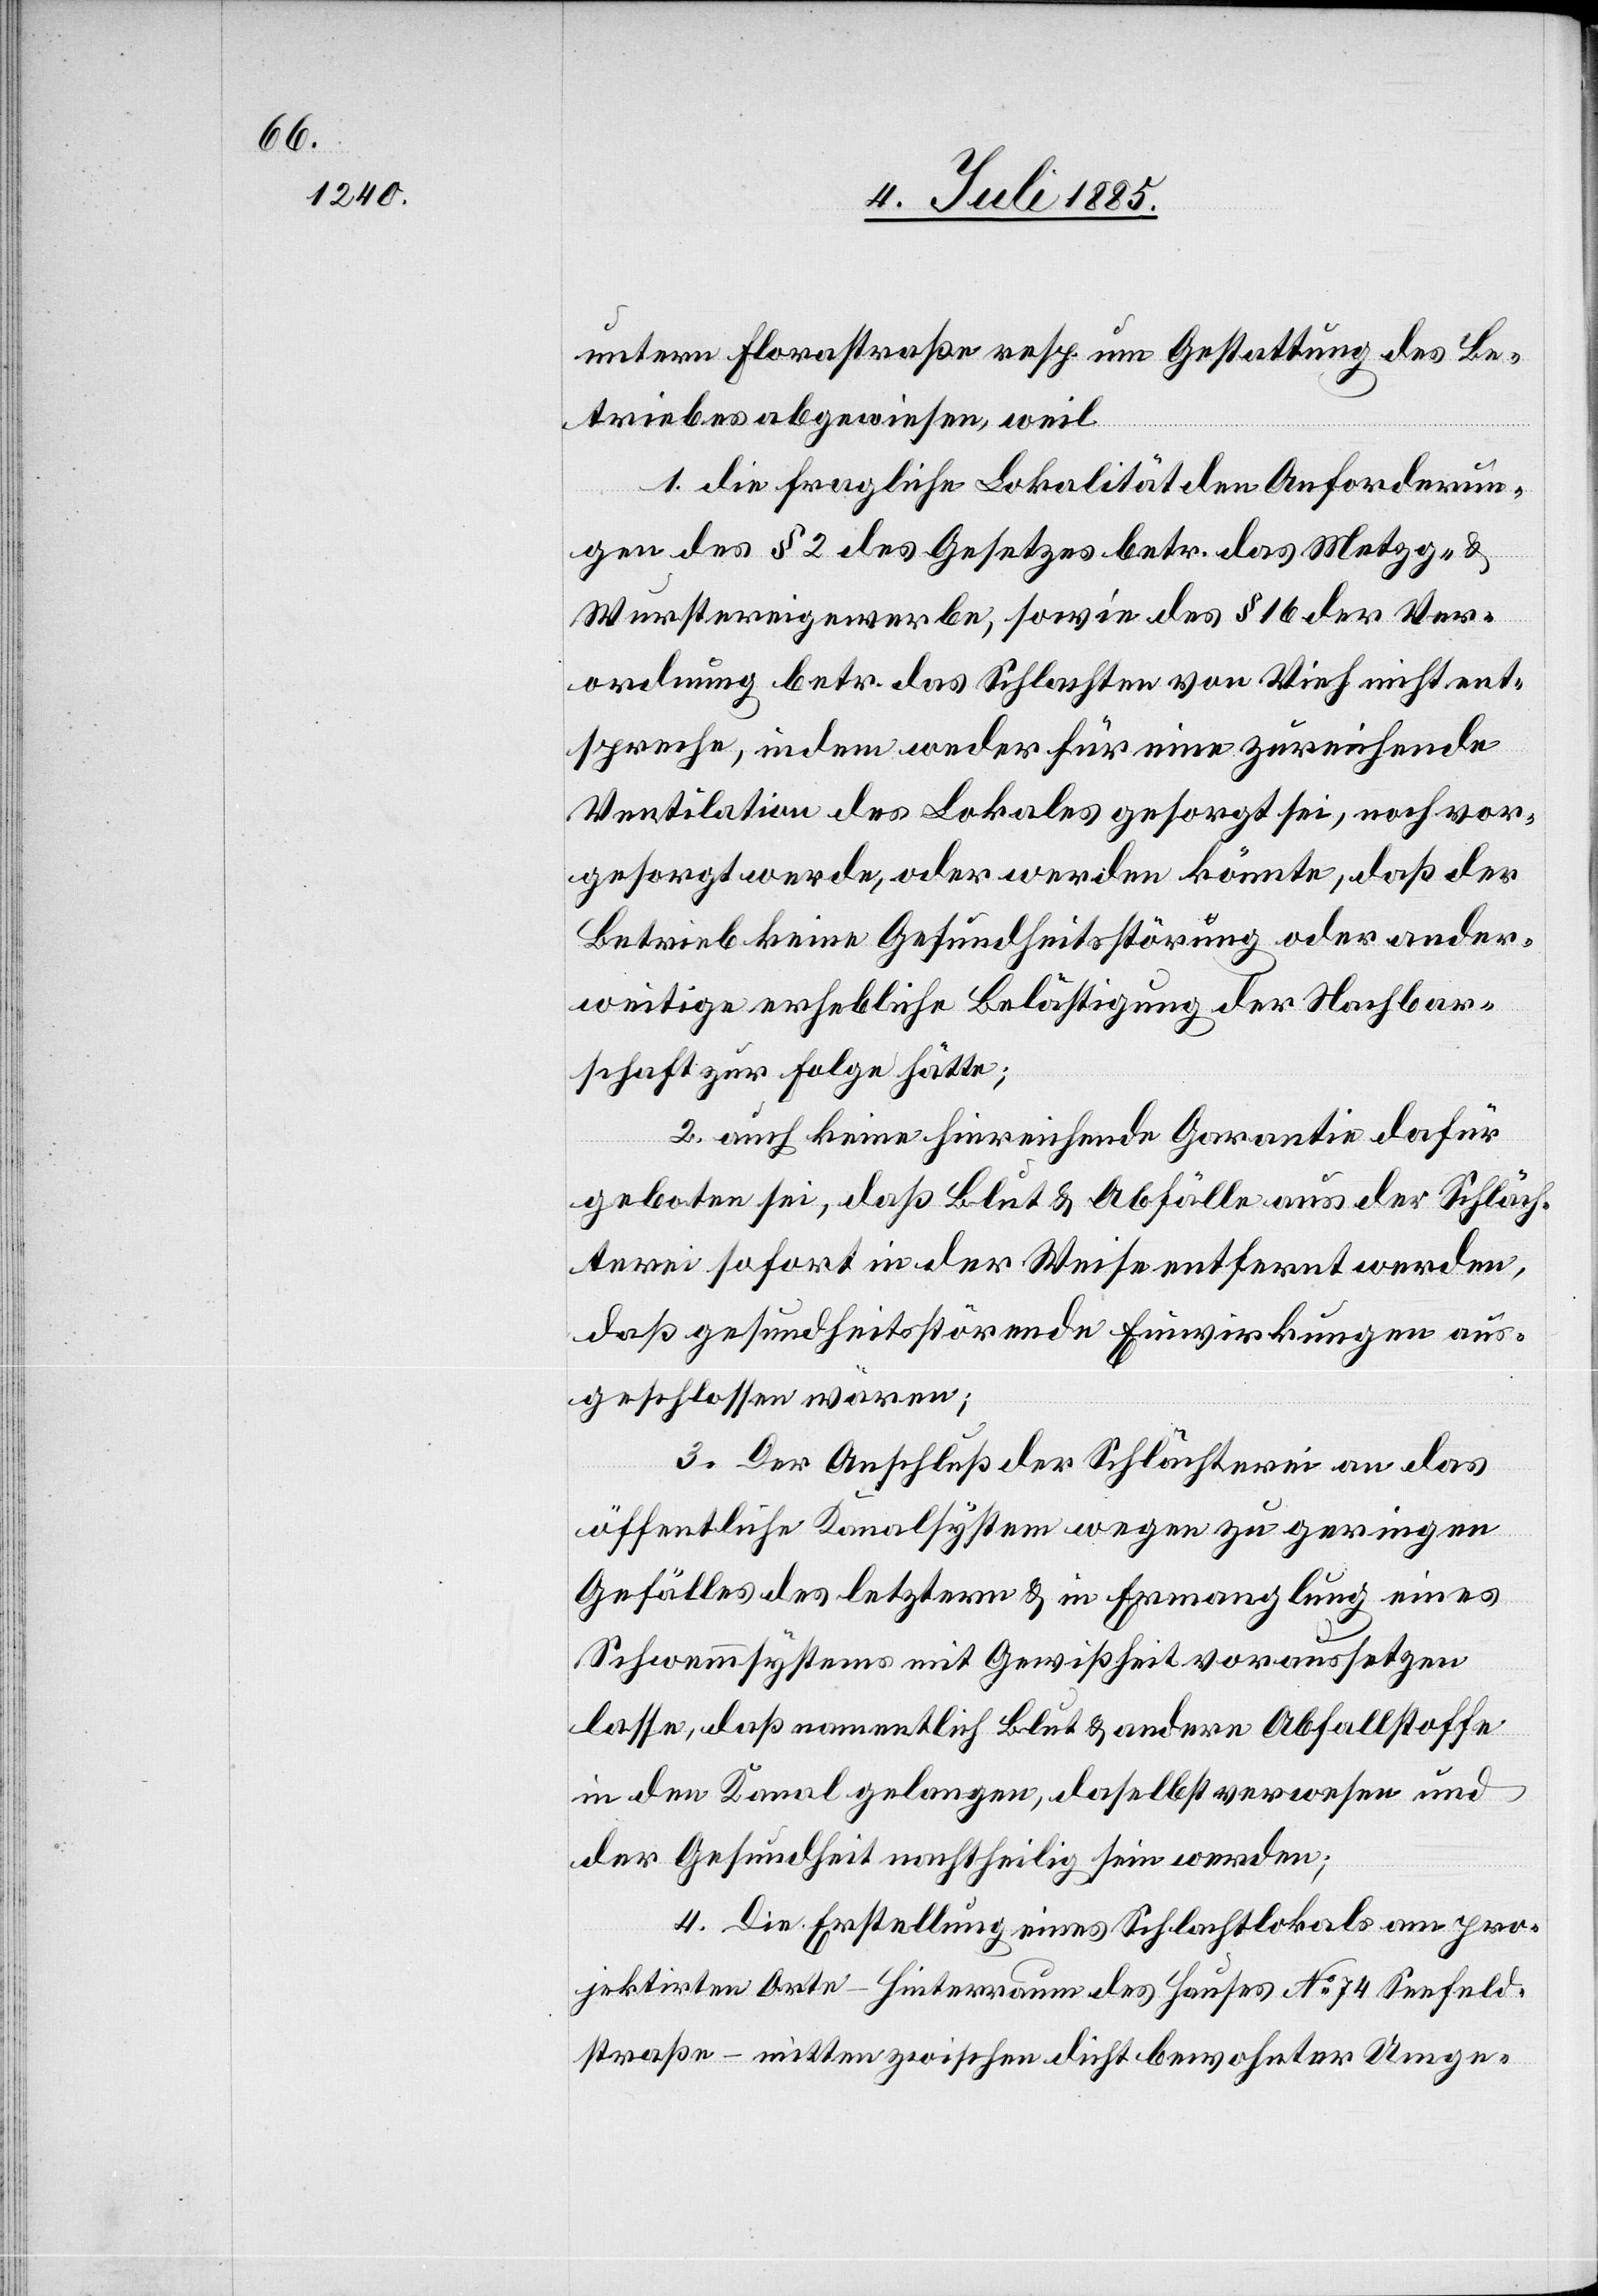
untern Florastraße resp. um Gestattung des Be¬
triebes abgewiesen, weil
1. die fragliche Lokalität den Anforderun¬
gen des § 2 des Gesetzes betr. das Metzg- &
Wurstereigewerbe, sowie des § 16 der Ver¬
ordnung betr. das Schlachten von Vieh nicht ent¬
spreche, indem weder für eine zureichende
Ventilation des Lokales gesorgt sei, noch vor¬
gesorgt werde, oder werden könnte, daß der
Betrieb keine Gesundheitsstörung oder ander¬
weitige erhebliche Belästigung der Nachbar¬
schaft zur Folge hätte;
2. auch keine hinreichende Garantie dafür
geboten sei, daß Blut & Abfälle aus der Schläch¬
terei sofort in der Weise entfernt werden,
daß gesundheitsstörende Einwirkungen aus¬
geschlossen wären;
3. Der Anschluß der Schlächterei an das
öffentliche Kanalsystem wegen zu geringen
Gefälles des letztern & in Ermangelung eines
Schwemmsystems mit Gewißheit voraussetzen
lasse, daß namentlich Blut & andere Abfallstoffe
in den Kanal gelangen, daselbst verwesen und
der Gesundheit nachtheilig sein werden;
4. Die Erstellung eines Schlachtlokals am pro¬
jektirten Orte – Hinterraum des Hauses No 74 Seefeld¬
straße – mitten zwischen dicht bewohnter Umge-